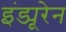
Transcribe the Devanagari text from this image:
इंड्यूरेन